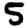
Digit: 5